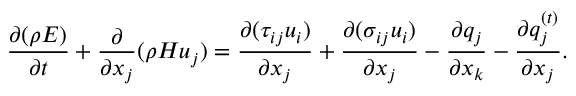
\frac { { \partial ( \rho E ) } } { { \partial t } } + \frac { \partial } { { \partial { x _ { j } } } } ( \rho H { u _ { j } } ) = \frac { { \partial ( { \tau _ { i j } } { u _ { i } } ) } } { { \partial { x _ { j } } } } + \frac { { \partial ( { \sigma _ { i j } } { u _ { i } } ) } } { { \partial { x _ { j } } } } - \frac { { \partial { q _ { j } } } } { { \partial { x _ { k } } } } - \frac { { \partial q _ { j } ^ { \left( t \right) } } } { { \partial { x _ { j } } } } .